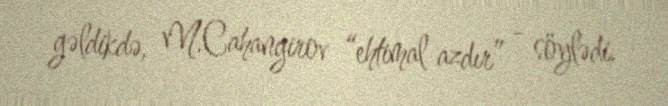
gəldikdə, M.Cahangirov “ehtimal azdır” - söylədi.